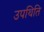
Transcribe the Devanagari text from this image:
उपथिति